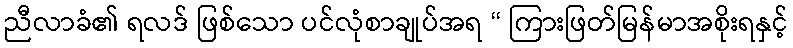
ညီလာခံ၏ ရလဒ် ဖြစ်သော ပင်လုံစာချုပ်အရ “ ကြားဖြတ်မြန်မာအစိုးရနှင့်